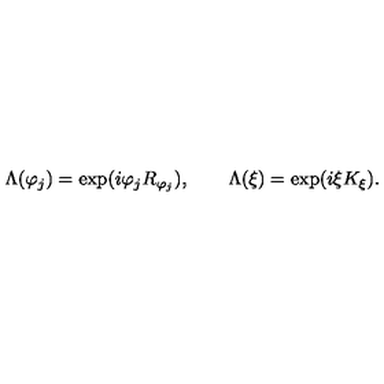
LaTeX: \Lambda ( \varphi _ { j } ) = \exp ( i \varphi _ { j } R _ { \varphi _ { j } } ) , \qquad \Lambda ( \xi ) = \exp ( i \xi K _ { \xi } ) .